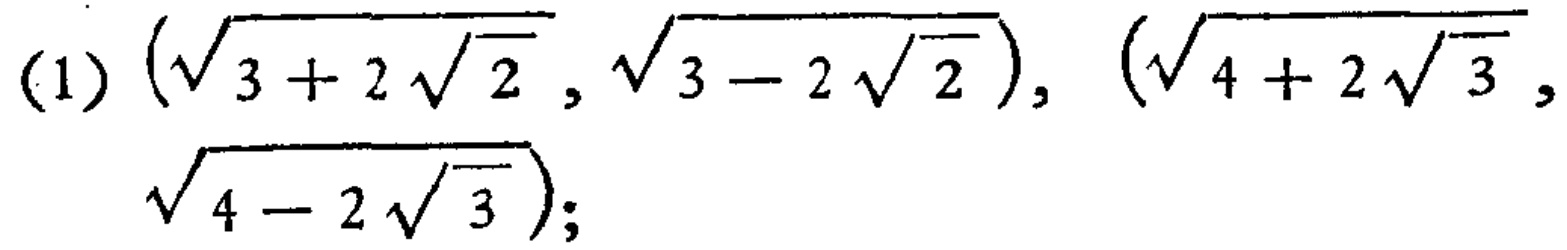
(1) \((\sqrt{3 + 2\sqrt{2}}, \sqrt{3 - 2\sqrt{2}}), (\sqrt{4 + 2\sqrt{3}}, \sqrt{4 - 2\sqrt{3}})\);